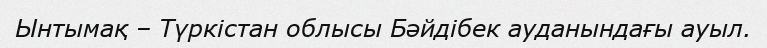
Ынтымақ – Түркістан облысы Бәйдібек ауданындағы ауыл.